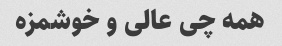
همه چی عالی و خوشمزه